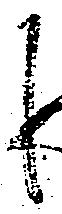
候